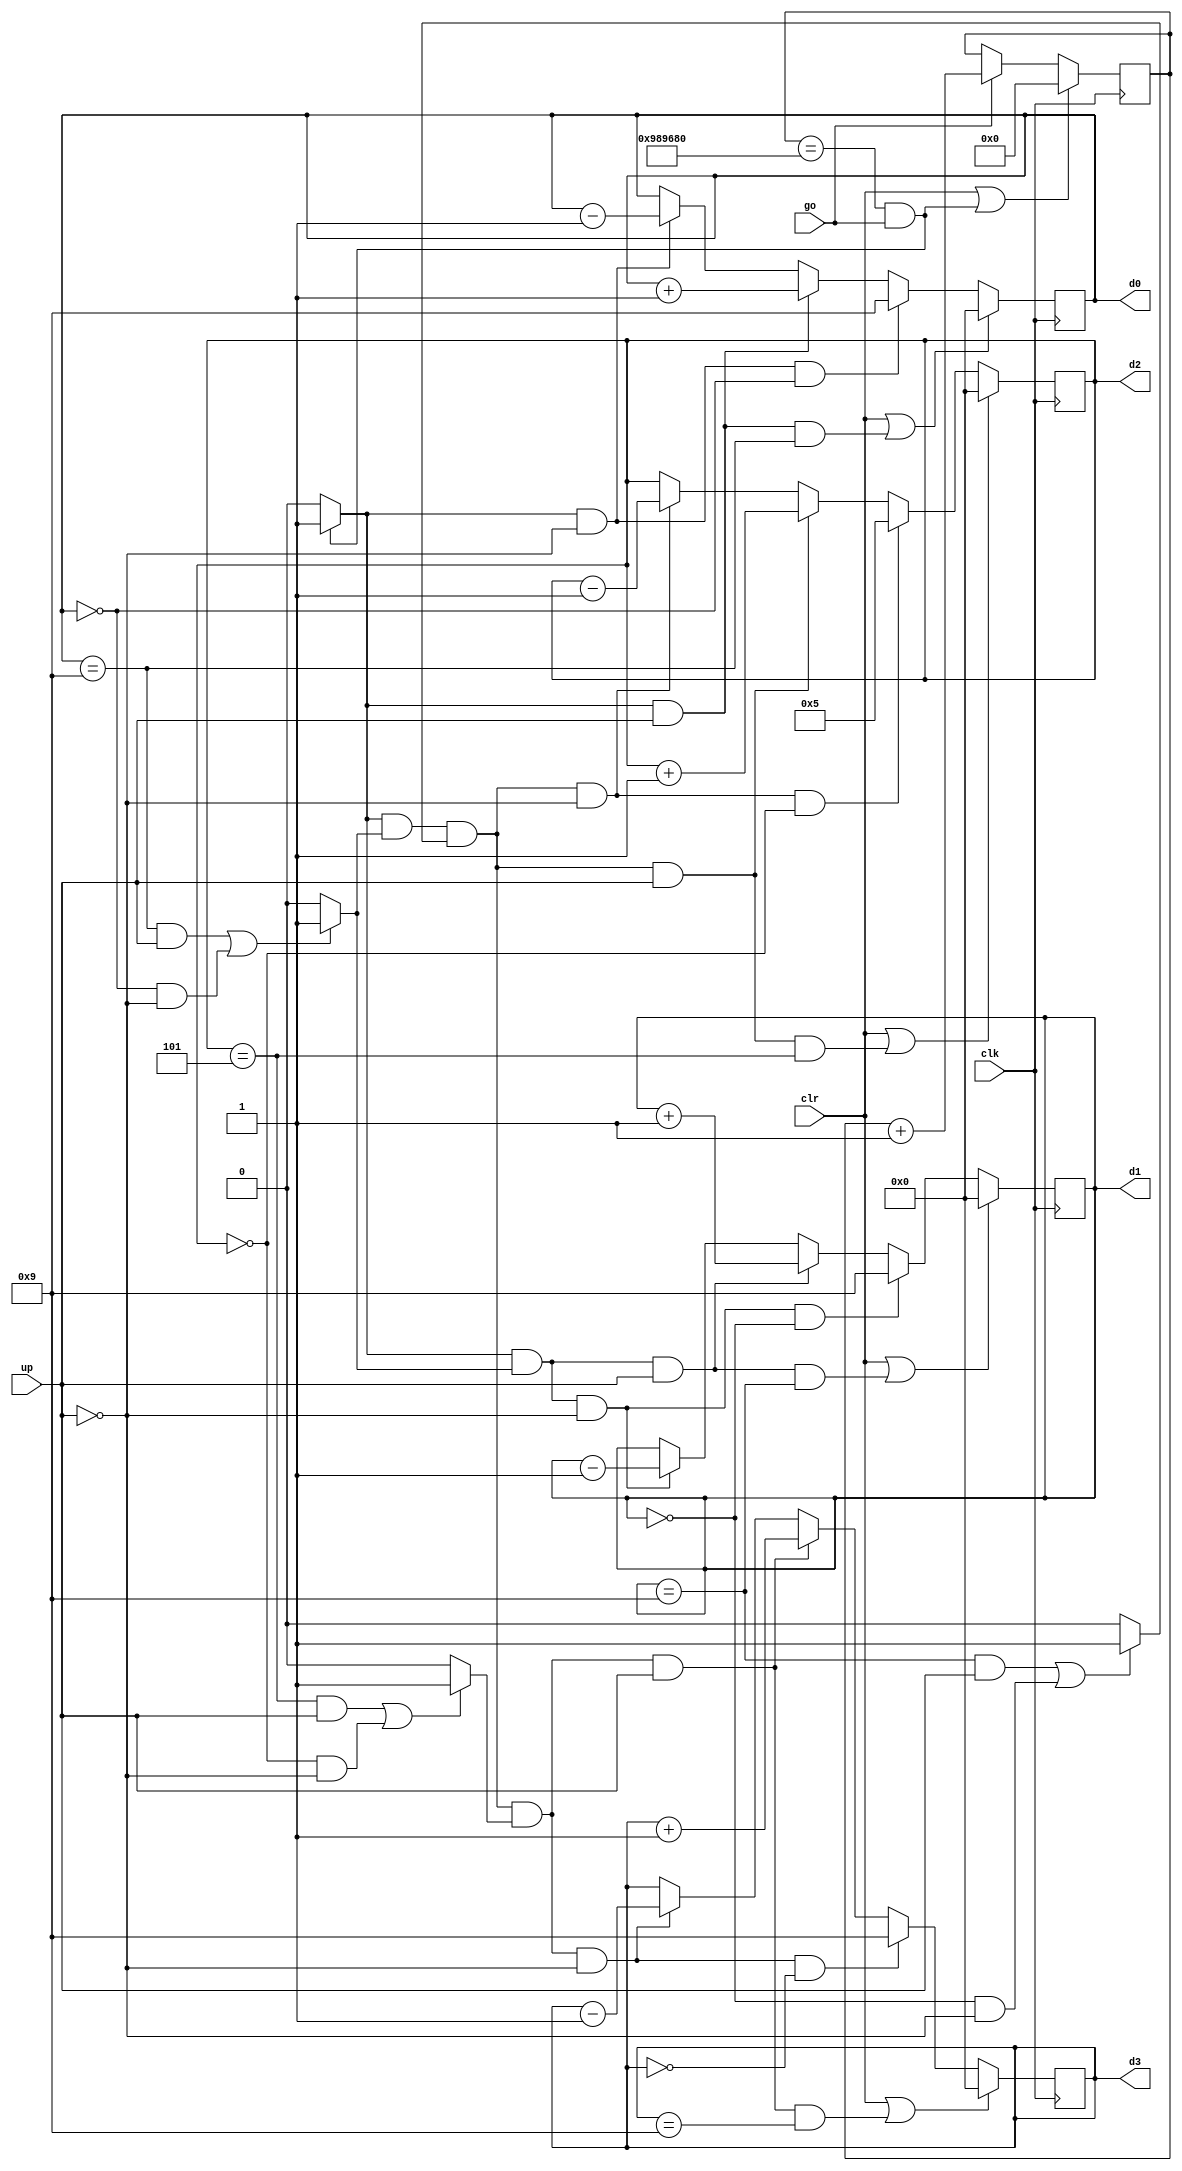
`timescale 1ns / 1ps
//////////////////////////////////////////////////////////////////////////////////
// Company: 
// Engineer: 
// 
// Design Name: 
// Module Name: enhanced_stopwatch
// Project Name: 
// Target Devices: 
// Tool Versions: 
// Description: 
// 
// Dependencies: 
// 
// Revision:
// Revision 0.01 - File Created
// Additional Comments:
// 
//////////////////////////////////////////////////////////////////////////////////


module enhanced_stopwatch(
    input clk,                    //input clock, 100MHZ on Basys 3
    input go,                     //go signal to start/stop counter
    input clr,                    //clr signal to reset counter
    input up,                     //if 1, count up. if 0, count down
    output [3:0] d3, d2, d1, d0   //output for minute, second, and millisecond increments on counter
    );
    
    parameter DVSR = 10000000; //Mod-M counter for 0.1 second tick with 100MHZ clock
    
    reg  [31:0] ms_reg;         
    wire [31:0] ms_next;
    
    reg  [3:0] d3_reg, d2_reg, d1_reg, d0_reg;         //BCD second registers
    wire [3:0] d3_next, d2_next, d1_next, d0_next;     //BCD second next value (stay same, count up, roll over from 9 to 0)
    
    wire d3_en, d2_en, d1_en, d0_en;                   //Enable status of if 10, 1, and 0.1 second should count
    
    wire ms_tick, d0_tick, d1_tick, d2_tick;           //tick status 
    
    //register
    always @(posedge clk)
    begin
        ms_reg <= ms_next;
        d3_reg <= d3_next;
        d2_reg <= d2_next;
        d1_reg <= d1_next;
        d0_reg <= d0_next;
    end
    
    //next state logic
    //0.1 second tick generator
    assign ms_next = (clr || (ms_reg == DVSR && go)) ? 4'b0000 :
                     (go) ?   ms_reg + 1 :
                              ms_reg;
    //asserts ms_tick if DVSR at max for counter                      
    assign ms_tick = (ms_reg == DVSR && go) ? 1'b1 : 1'b0;
    
    //0.1 sec counter (0 to 9)
    assign d0_en   = ms_tick; //increments every time ms_tick is asserted (once a millisecond)
    assign d0_next = (clr || (d0_en && up && d0_reg == 9)) ? 4'b0000: 
                     (d0_en && ~up  && d0_reg == 0)        ? 4'b1001:
                     (d0_en && up)  ?  d0_reg + 1 :   
                     (d0_en && ~up) ?  d0_reg - 1 :   
                                       d0_reg;
    assign d0_tick = ((d0_reg == 9 && up) || (d0_reg == 0 && ~up)) ? 1'b1 : 1'b0; //tick asserted if 9 and counting up or 0 and counting down
    
    //1 sec counter (0 to 9)
    assign d1_en   = ms_tick & d0_tick; //increments every time ms_tick is asserted (once a millisecond)
    assign d1_next = (clr || (d1_en && up && d1_reg == 9)) ? 4'b0000: 
                     (d1_en && ~up  && d1_reg == 0)        ? 4'b1001:
                     (d1_en && up)  ?  d1_reg + 1 :   
                     (d1_en && ~up) ?  d1_reg - 1 :   
                                       d1_reg;
    assign d1_tick = ((d1_reg == 9 && up) || (d1_reg == 0 && ~up)) ? 1'b1 : 1'b0; //tick asserted if 9 and counting up or 0 and counting down
    
    //10 sec counter (0 to 5)
    assign d2_en   = ms_tick && d0_tick && d1_tick; //increments every time ms_tick is asserted (once a millisecond)
    assign d2_next = (clr || (d2_en && up && d2_reg == 5)) ? 4'b0000: 
                     (d2_en && ~up  && d2_reg == 0)        ? 4'b0101:
                     (d2_en && up)  ?  d2_reg + 1 :   
                     (d2_en && ~up) ?  d2_reg - 1 :   
                                       d2_reg;
    assign d2_tick = ((d2_reg == 5 && up) || (d2_reg == 0 && ~up)) ? 1'b1 : 1'b0; //tick asserted if 9 and counting up or 0 and counting down

    //1 minute counter (0 to 9)
    assign d3_en   = ms_tick && d0_tick && d1_tick && d2_tick; //increments every time ms_tick is asserted (once a millisecond)
    assign d3_next = (clr || (d3_en && up && d3_reg == 9)) ? 4'b0000: 
                     (d3_en && ~up  && d3_reg == 0)        ? 4'b1001:
                     (d3_en && up)  ?  d3_reg + 1 :   
                     (d3_en && ~up) ?  d3_reg - 1 :   
                                       d3_reg;                               
    
    //output logic
    assign d0 = d0_reg;
    assign d1 = d1_reg;
    assign d2 = d2_reg;
    assign d3 = d3_reg;
    
endmodule